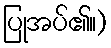
ပြုအပ်၏။)